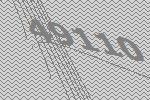
49110